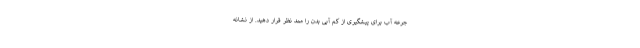
جرعه آب برای پیشگیری از کم آبی بدن را ممد نظر قرار دهید. از نشانه